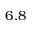
6 . 8